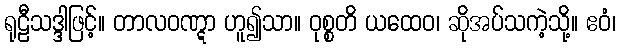
ရုဠီသဒ္ဒါဖြင့်။ တာလဝဏ္ဋာ ဟူ၍သာ။ ဝုစ္စတိ ယထေဝ၊ ဆိုအပ်သကဲ့သို့။ ဧဝံ၊